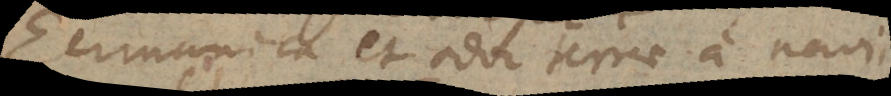
Germanica et odor terrae a navi